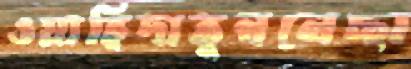
ওয়াহিদাতুননেছা